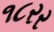
૧૮રર